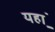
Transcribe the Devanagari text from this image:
यहा़ँ